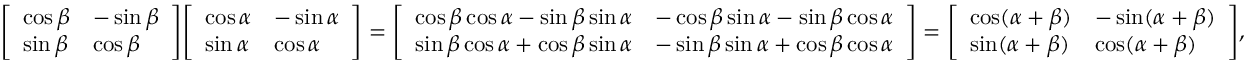
{ \left[ \begin{array} { l l } { \cos \beta } & { - \sin \beta } \\ { \sin \beta } & { \cos \beta } \end{array} \right] } { \left[ \begin{array} { l l } { \cos \alpha } & { - \sin \alpha } \\ { \sin \alpha } & { \cos \alpha } \end{array} \right] } = { \left[ \begin{array} { l l } { \cos \beta \cos \alpha - \sin \beta \sin \alpha } & { - \cos \beta \sin \alpha - \sin \beta \cos \alpha } \\ { \sin \beta \cos \alpha + \cos \beta \sin \alpha } & { - \sin \beta \sin \alpha + \cos \beta \cos \alpha } \end{array} \right] } = { \left[ \begin{array} { l l } { \cos ( \alpha + \beta ) } & { - \sin ( \alpha + \beta ) } \\ { \sin ( \alpha + \beta ) } & { \cos ( \alpha + \beta ) } \end{array} \right] } ,